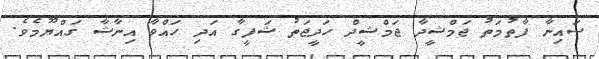
ސައިނާ ފާތުމަތު ޖަމްޝީދާ ޖަމްޝީދް ހަދީޖަތު ޝަފީގާ އަދި ހައްވާ އިނާޝާ ގައްޔޫމެވެ.